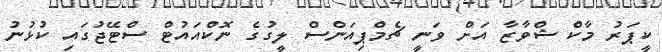
ކީޕަރު މާކް ޝްވާޒާ އަށް ވަނީ ޗެމްޕިއަންސް ލީގުގެ ނޮކްއައުޓް ސްޓޭޖުގައި ކުޅުނު